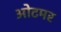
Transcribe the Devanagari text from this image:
ओटमर